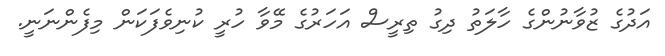
އަދުގެ ޒުވާނުންގެ ހާލަތު ދިގު ތިރީސް އަހަރުގެ މޭވާ ހުރީ ކުނިވެފަކަން މިފެންނަނީ.